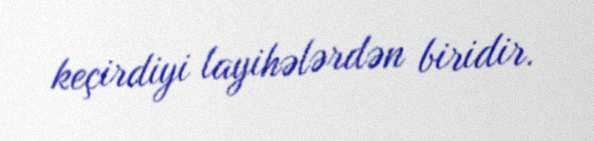
keçirdiyi layihələrdən biridir.